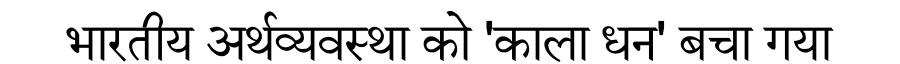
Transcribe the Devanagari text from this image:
भारतीय अर्थव्यवस्था को 'काला धन' बचा गया